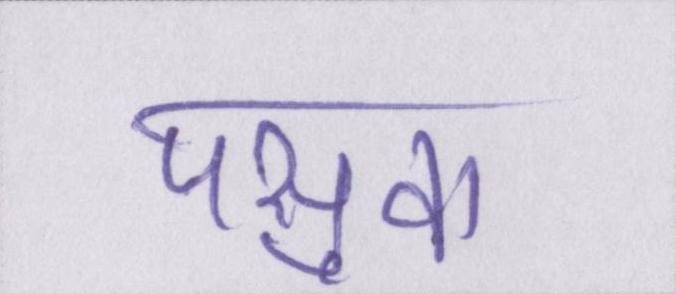
पसुवा